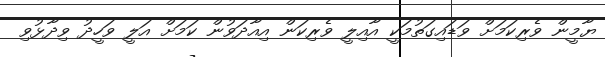
ޔާމީން ވެރިކަމަށް ވަޑައިގަތުމަކީ އާއިލީ ވެރިކަން އިއާދަވުން ކަމަށް އަލީ ވަހީދު ވިދާޅުވި